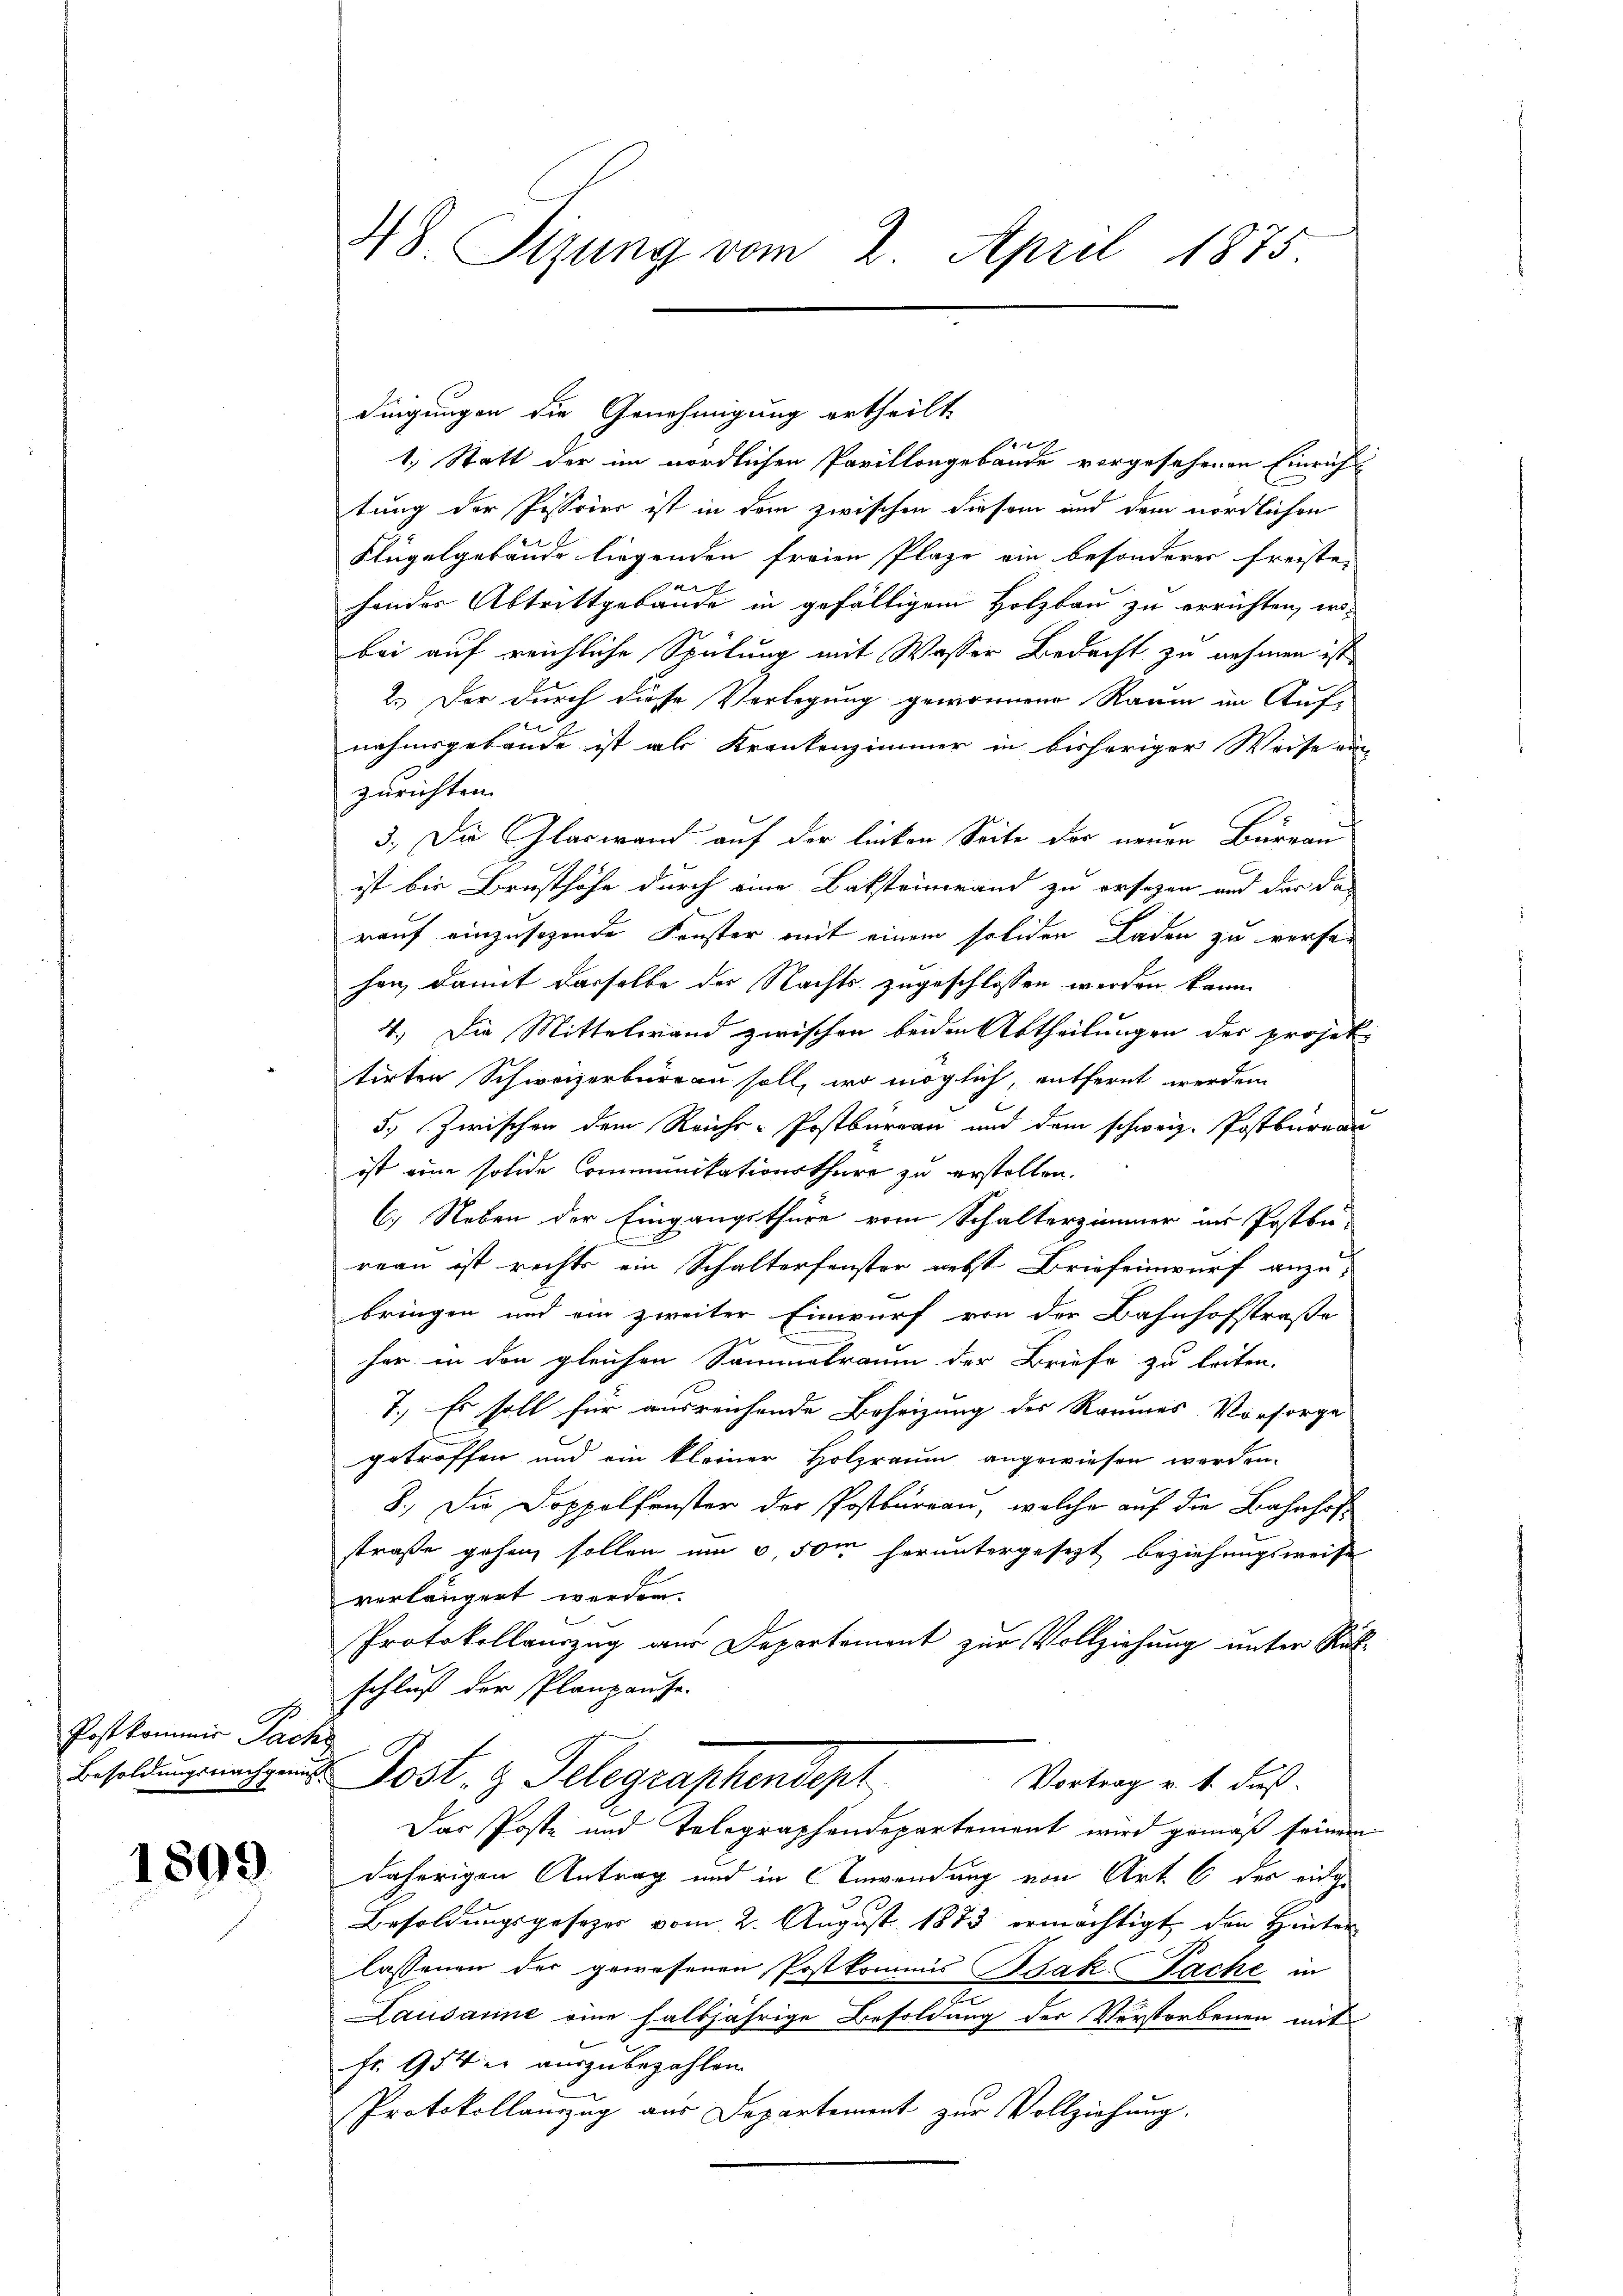
Post kommis Pache

1809.

dingungen die Genehmigung ertheilt.

1. Statt der im nördlichen Pavillongebäude vorgesehenen Einricht
tung der Pissoirs ist in dem zwischen diesem und dem nördlichen
Klügelgebäude liegenden freien Plaze ein besonderer Freiste
A
hander Abtrittgebäude in gefälligem Holzbau zu errichten, wo-
bei auf reichliche Spülung mit Wasser Bedacht zu nehmen ist,
2.) Der durch diese Vorlegung gewonnene Raum im Auf-
u
nahmsgebäude ist als Krankenzimmer in bisheriger Weise ein
zurichten.
3.) Die Glaswand auf der linken Seite der neuen Büreau
ist bis Brusthöhe durch eine Batsteinerand zu ersezen und der das
rauf einzusehende Fenster mit einem soliden Laden zu verfer
hen, damit derselbe der Nachts zugeschlossen werden kann.
4.) Die Mittelwand zwischen beiden Abtheilungen der projektirten Schweizerbüreau soll, wo möglich, entfernt werden.
5.) Zwischen dem Reichs-Postburgau und dem schweiz. Postbureau
ist eine solide Communikationsthüre zu erstollen.
C) Neben der Eingangsthüre vom Schalterzimmer im Postbü-
b
reau ist rechts ein Schalterfenster nebst Briefeinwurf anzu-
bringen und ein zweiter Einwurf von der Bahnhofstraße
her in den gleichen Sammetraum der Briefe zu leiten.
7.) Es soll für ausreichende Beheizung des Raumes Vorsorge
getroffen und ein kleiner Holzraum angewiesen werden.
8.) Die Doppelfenster der Postbureau, welche auf die Bahnhof
u
straße gehen sollen um 0,50m heruntergesezt beziehungsweise
verlängert werden.
Protokollauszug aus Departement zur Vollziehung unter Rükschluß der Planpause.
Besoldung nach Post- & Telegraphendept
Vortrag v. 1. Fuß.
Das Poste und Telegraphendepartement wird gemäß seinem
daherigen Antrag und in Anwendung von Art. 6 des eidge
Besoldungsgesetzer vom 2. August 1883 ermächtigt den Hinter
lassenen der gewesenen Postkommis Jak. Pache in
Lausanne eine halbjährige Besoldung der Verstorbenen mit
Fr. 954 auszubezahlen.
Protokollauszug aus Departement zur Vollziehung.

48. Sizung vom 2. April 1875.